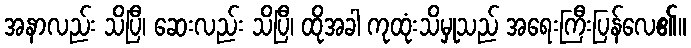
အနာလည်း သိပြီ၊ ဆေးလည်း သိပြီ၊ ထိုအခါ ကုထုံးသိမှုသည် အရေးကြီးပြန်လေ၏။